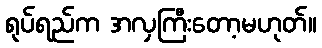
ရုပ်ရည်က အလှကြီးတော့မဟုတ်။